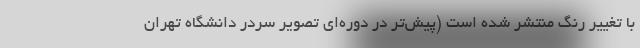
با تغییر رنگ منتشر شده است (پیش‌تر در دوره‌ای تصویر سردر دانشگاه تهران